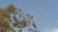
આઈટીએ